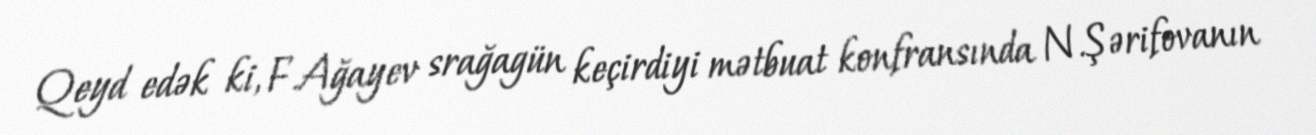
Qeyd edək ki, F.Ağayev srağagün keçirdiyi mətbuat konfransında N.Şərifovanın